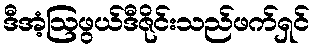
ဒီအံ့ဩဖွယ်ဒီဇိုင်းသည်ဖက်ရှင်